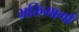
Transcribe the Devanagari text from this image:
भक्तिमार्गा